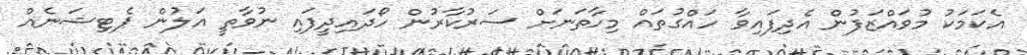
އެކަމަކު މުވަައްޒަފުން އެދިފައިވާ ހައްގުތައް މިހާތަނަށް ސަރުކާރުން ހޯދައިދީފައި ނުވާތީ އަލުން ޕެޓިޝަނެއް